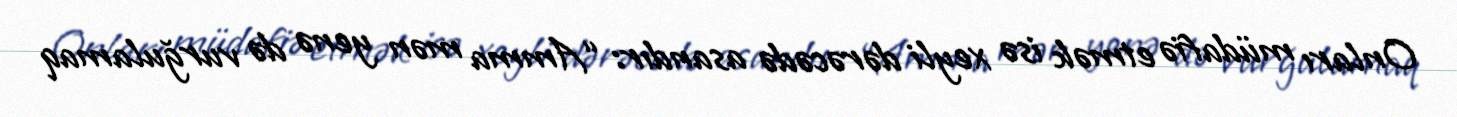
Onları müdafiə etmək isə xeyli dərəcədə asandır: “Amma mən yenə də vurğulamaq